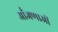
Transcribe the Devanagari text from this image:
आँजणाओं